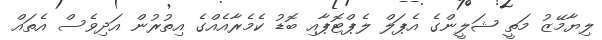
ލިޔާމޭޒު މަތީ ޝަލީންގެ އެޕަލް ލެޕްޓޮޕާއި ބޮޑު ކެމެރާއެއްގެ އިތުރުން އަދިވެސް އެތައް